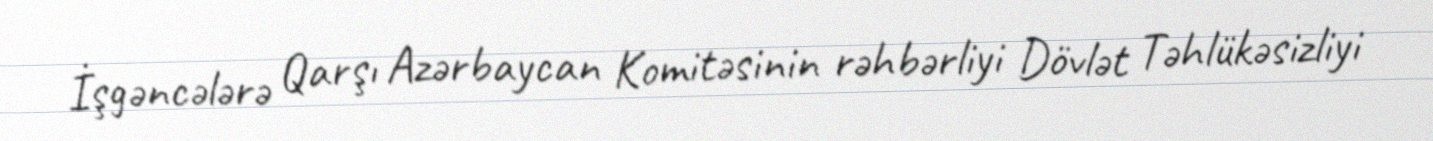
İşgəncələrə Qarşı Azərbaycan Komitəsinin rəhbərliyi Dövlət Təhlükəsizliyi